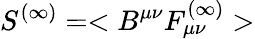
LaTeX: S^{(\infty)}=<B^{\mu\nu}F_{\mu\nu}^{(\infty)}>